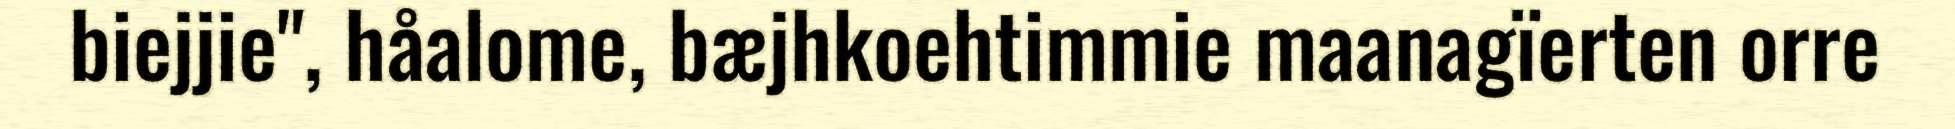
biejjie", håalome, bæjhkoehtimmie maanagïerten orre